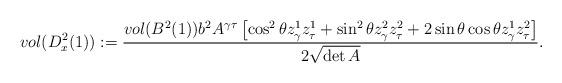
LaTeX: \begin{align*} vol (D^2_x(1)):=\frac{vol (B^2(1))b^2A^{\gamma\tau}\left[\cos^2\theta z^{1}_{\gamma}z^{1}_{\tau}+\sin^2\theta z^{2}_{\gamma}z^{2}_{\tau}+2\sin\theta \cos\theta z^{1}_{\gamma}z^{2}_{\tau}\right]}{2\sqrt{\det A}}. \end{align*}